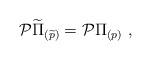
LaTeX: \begin{align*}{\cal P}\widetilde \Pi_{(\widetilde p)} = {\cal P} \Pi_{(p)} \ ,\end{align*}